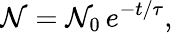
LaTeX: \mathcal{N}=\mathcal{N}_{0}\, e^{-t/\tau},